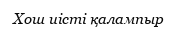
Хош иісті қалампыр